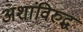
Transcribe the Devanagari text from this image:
अशांविरुद्ध